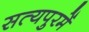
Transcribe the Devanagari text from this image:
सत्यपुरमें